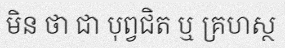
មិន ថា ជា បុព្វជិត ឬ គ្រហស្ថ